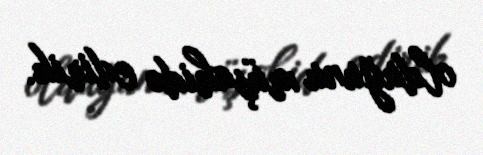
olduğunu müşahidə edirik.